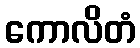
ကောလိတံ